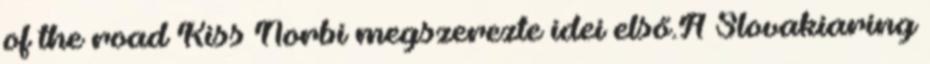
of the road Kiss Norbi megszerezte idei első.A Slovakiaring